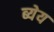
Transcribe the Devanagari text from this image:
ब्येय